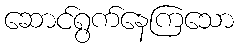
ဆောင်ရွက်နေကြသော